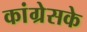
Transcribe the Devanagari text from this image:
कांग्रेसके